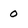
Character: 0